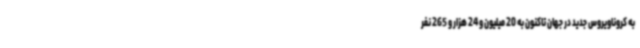
به کروناویروس جدید در جهان تاکنون به 20 میلیون و 24 هزار و 265 نفر